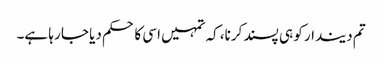
تم دیندار کو ہی پسند کرنا، کہ تمہیں اسی کا حکم دیا جا رہا ہے۔